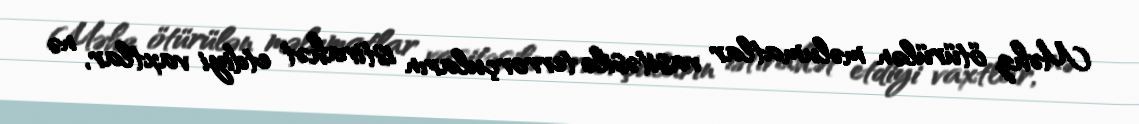
Məhz ötürülən məlumatlar vasitəsilə terrorçuların istirahət etdiyi vaxtlar, nə